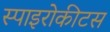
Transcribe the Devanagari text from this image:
स्पाइरोकीटस